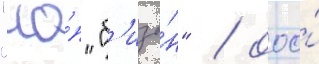
"чо́п "б'изо́н" / ооо́